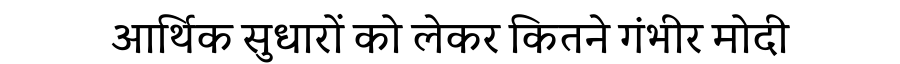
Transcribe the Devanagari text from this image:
आर्थिक सुधारों को लेकर कितने गंभीर मोदी